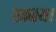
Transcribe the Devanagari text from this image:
एकस्थ।